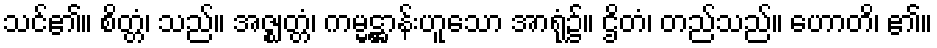
သင်၏။ စိတ္တံ၊ သည်။ အဇ္ဈတ္တံ၊ ကမ္မဋ္ဌာန်းဟူသော အာရုံ၌။ ဌိတံ၊ တည်သည်။ ဟောတိ၊ ၏။